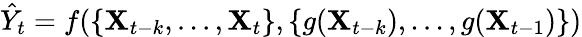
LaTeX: \hat{Y}_{t}=f(\{ \mathbf{X}_{t-k},...,\mathbf{X}_{t}\} ,\{ g(\mathbf{X}_{t-k}),...,g(\mathbf{X}_{t-1})\} )